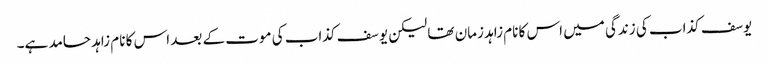
یوسف کذاب کی زندگی میں اس کا نام زاہد زمان تھا لیکن یوسف کذاب کی موت کے بعد اس کا نام زاہد حامد ہے۔